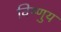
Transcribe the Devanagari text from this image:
विष्णुय